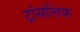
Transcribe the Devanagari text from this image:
ट्रांसलिंक